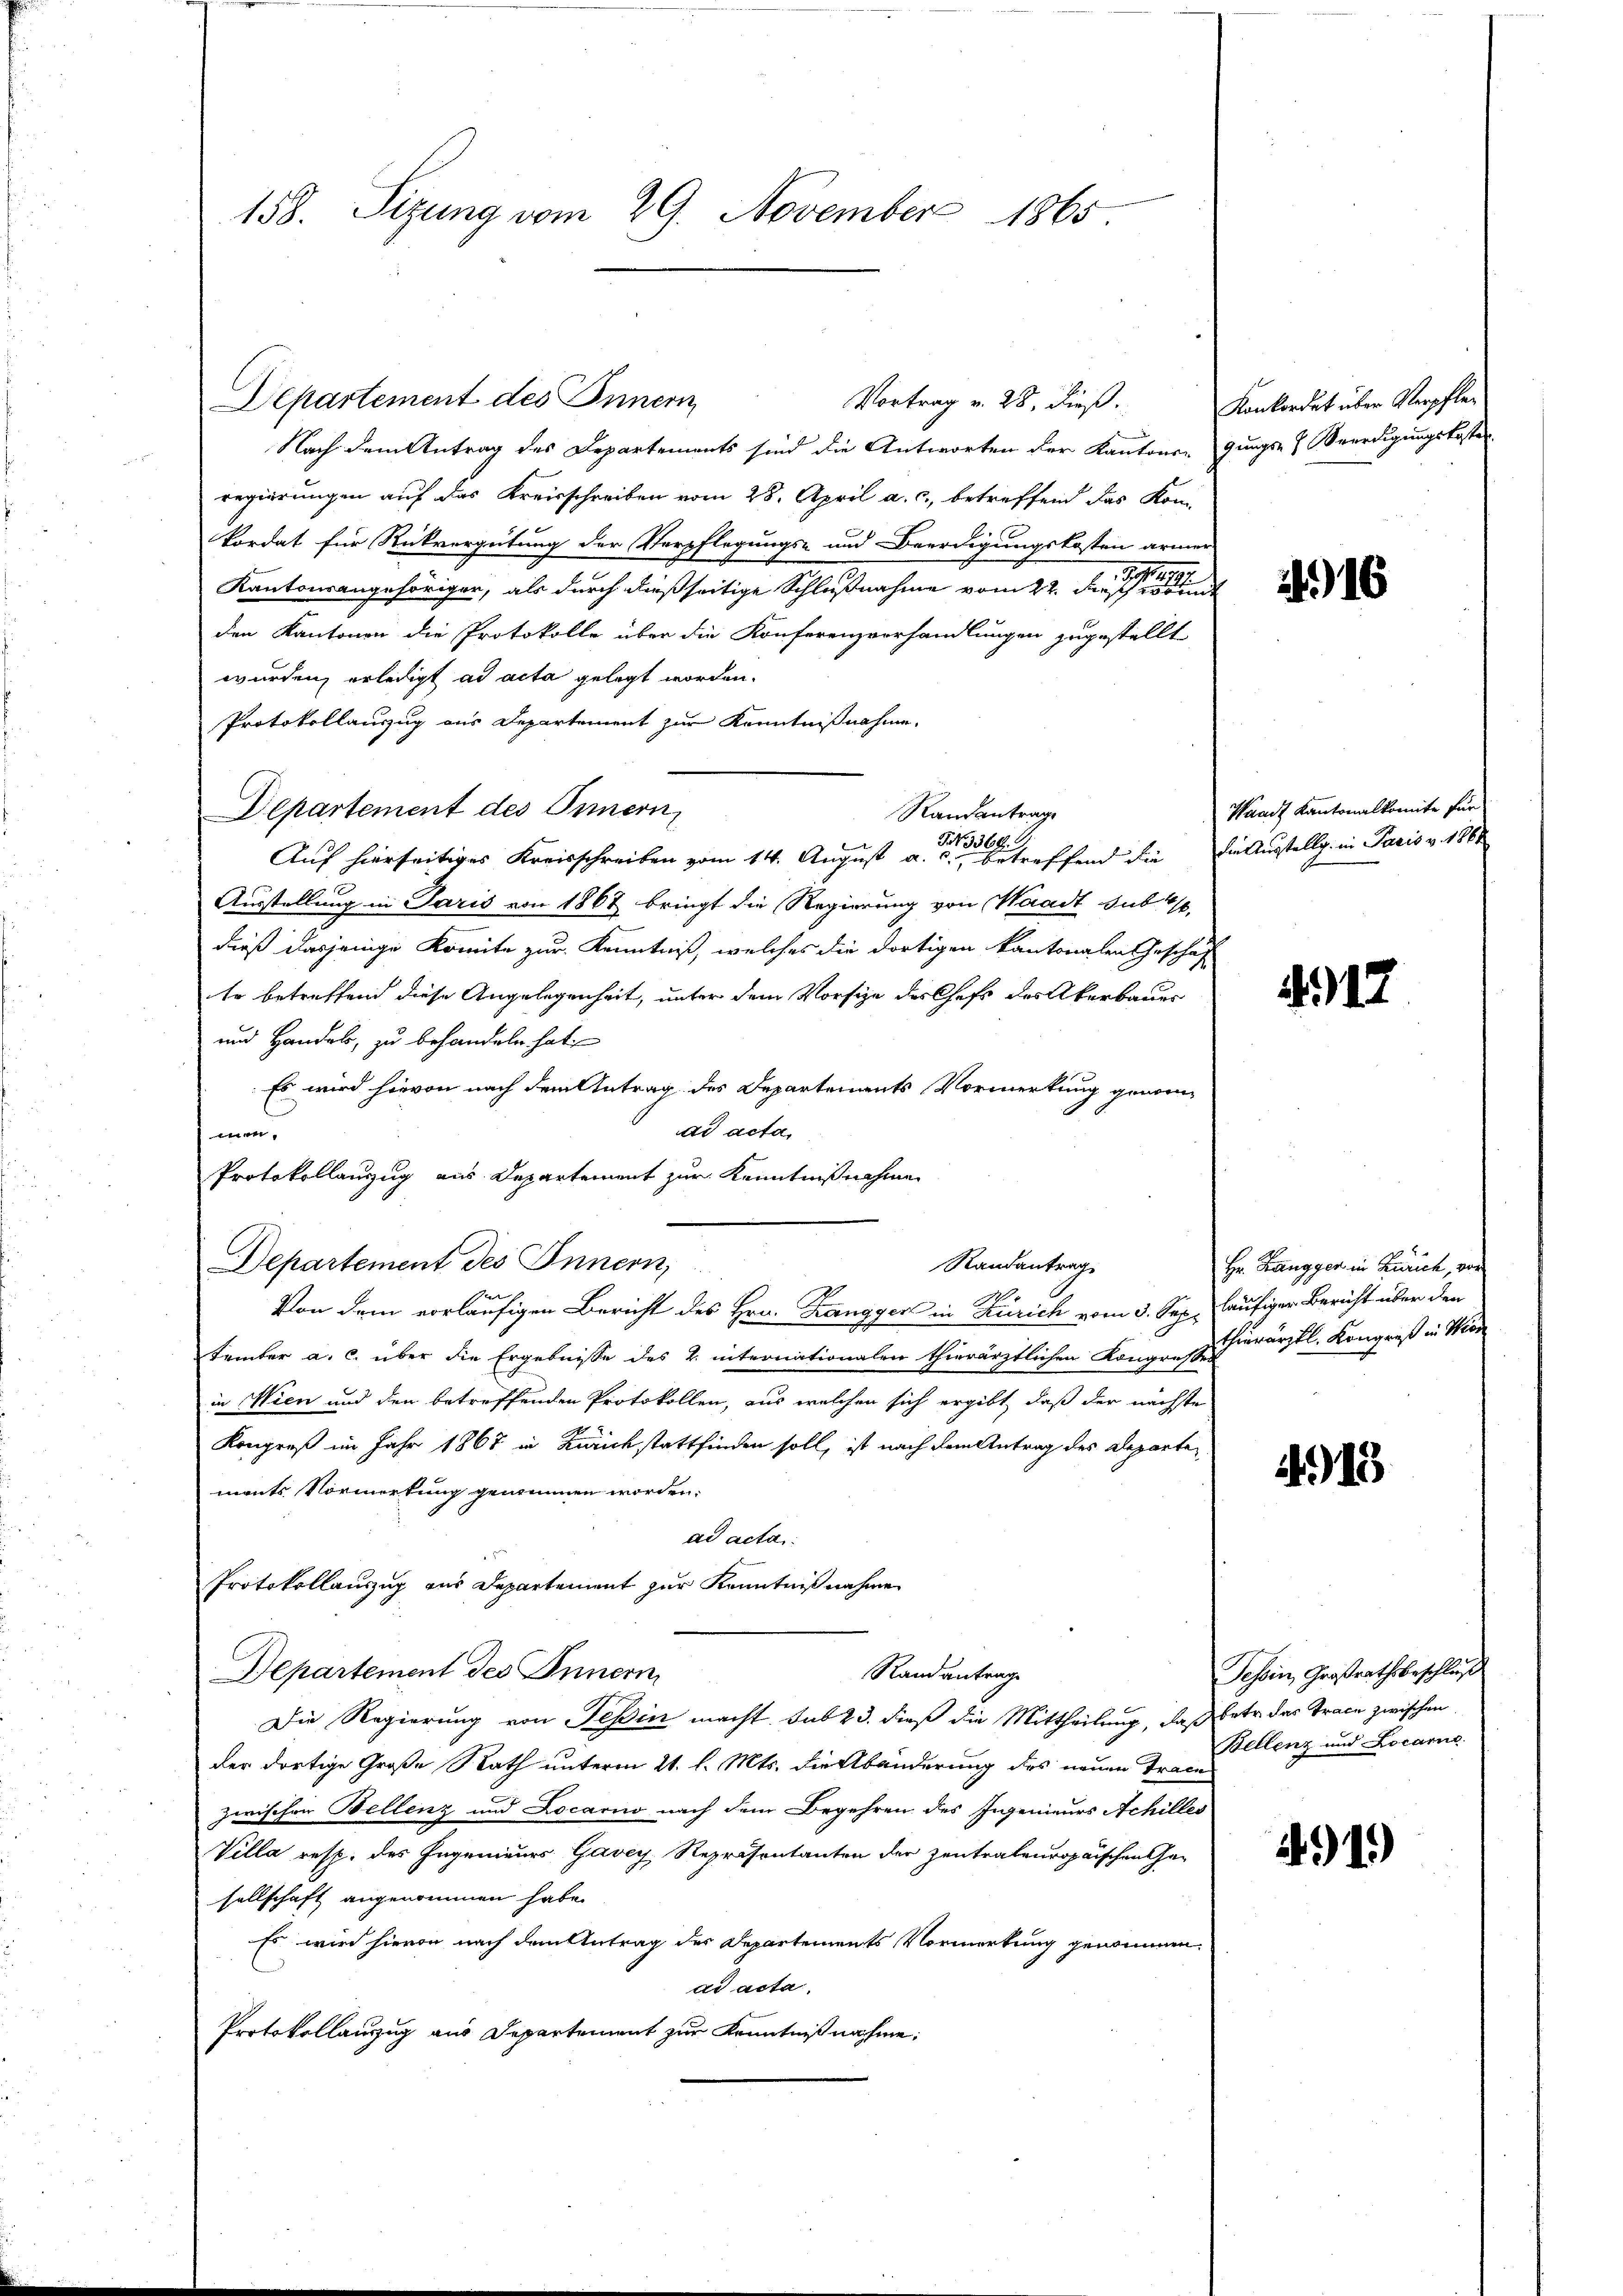
158. Sizung vom 29. November 1865.

Departement des Innern
Vortrag v. 28, dieß.
Nach dem Antrag des Departements sind die Antworten der Kantons-
regierungen auf das Kreisschreiben vom 28. April a. c., betreffend das Kom
kordat für Rückvergütung der Verpflegungs- und Beerdigungskosten arme
Kantonsangehöriger, als durch dießseitige Schlußnahme vom 22. den sie sie einer
den Kantonen die Protokolle über die Konferenzverhandlungen zugestellt
wurden erledigt ad acta gelegt worden.
Protokollauszug aus Departement zur Kenntnißnahme,
Departement des Innern,
Randantrage
Auf hierseitiges Kreisschreiben vom 14. August a. a. a. Pfand die
Ausstellung in Paris von 1867 bringt die Regierung von Waadt sub 1/6.
dieß dasjenige Komite zur Kenntniß, welches die dortigen kantonalen Geschäft
to betreffend diese Angelegenheit, unter dem Vorsize des Chefs des Akerbauer
und Handels, zu behandeln hat
Es wird hievon nach dem Antrag des Departenants Vormerkung genomad acta,
men.
Protokollanzug aus Departement zur Kenntnißnahmen
Departement des Innern,
Randantrag
De
.
Von dem vorläufigen Bericht des Hrn. Zangger in Zürich vom 3. Sep. häufiger Bericht über den
tember a. c. über die Ergebnisse des 2. internationalen thierärztlichen Kongresse hierärztl. Kongreß in Wien
in Wien und den betreffenden Protokollen, aus welchen sich ergibt, daß der nächste
Kongreß im Jahr 1867 in Zürichstattfinden soll, ist nach dem Antrag des Departe
ments. Vormerkung genommen worden.
ad acta
Protokollauszug aus Departement zur Kenntnißnahme
Randantrage
Departement des Innern
Die Regierung von Tessin macht. sub 23. dieß die Mittheilung, daß
der dortige Große Rath unterm 21. l. Mts. die Abänderung des neuen Trace
zwischen Bellenz und Locarno nach dem Begehren des Ingenieurs Achilles
Villa resp. des Ingenieurs Gavey Repräsentanten der Zentralenropaischen hasellschaft angenommen habe.
Es wird hievon nach dem Antrag des Departements Vormerkung genommen.
de acta.
Protokollauszug aus Departement zur Kenntnißnahme:

Konkordat über Verpflegungs- & Beerdigungskosten

216

Waadt Kantonalkomite für
die Ausstellg in Paris v. 1864

.

Hr. Zangger in Zürich, vor

413

Tessin, Großrathsbeschluß
Abetr. das Trace zwischen
Bellenz und Locarne

4919)